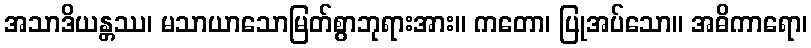
အသာဒိယန္တဿ၊ မသာယာသောမြတ်စွာဘုရားအား။ ကတော၊ ပြုအပ်သော။ အဓိကာရော၊